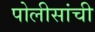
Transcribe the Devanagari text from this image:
पोलीसांची